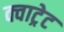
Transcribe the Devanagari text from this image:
क्वाट्रेट